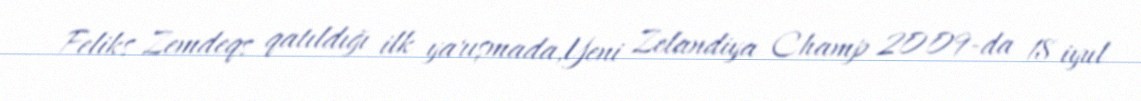
Feliks Zemdeqs qatıldığı ilk yarışmada,Yeni Zelandiya Champ 2009-da 18 iyul